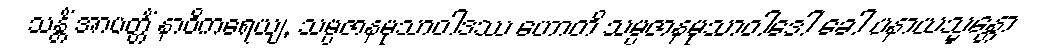
သန္တိံ အာပတ္တိံ နာဝိကရေယျ, သမ္ပဇာနမုသာဝါဒဿ ဟောတိ သမ္ပဇာနမုသာဝါဒေါ ခေါ ပနာယသ္မန္တော